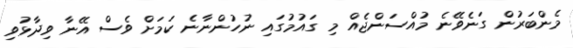
މެންބަރުން ގަނެވޭނެ މުއްސަންޖެއް މި ގައުމުގައި ނުހުންނާނެ ކަމަށް ވެސް އޭނާ ވިދާޅުވި